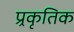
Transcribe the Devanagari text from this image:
प्र्रकृतिक